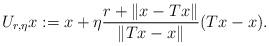
LaTeX: \begin{align*}U_{r,\eta}x := x + \eta \frac{r+\|x-Tx\|}{\|Tx-x\|}(Tx-x). \end{align*}